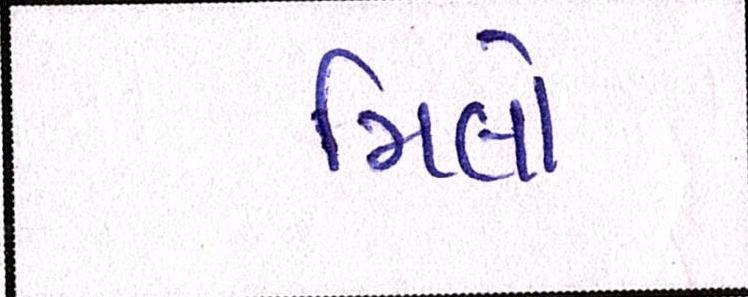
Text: મિલો